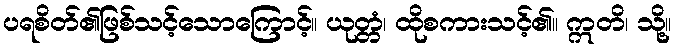
ပရစိတ်၏ဖြစ်သင့်သောကြောင့်။ ယုတ္တံ၊ ထိုစကားသင့်၏။ ဣတိ၊ သို့။